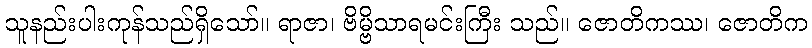
သူနည်းပါးကုန်သည်ရှိသော်။ ရာဇာ၊ ဗိမ္ဗိသာရမင်းကြီး သည်။ ဇောတိကဿ၊ ဇောတိက